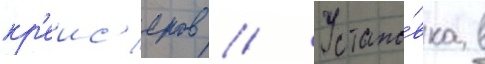
кр'еис'еров // Устано́вка в